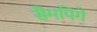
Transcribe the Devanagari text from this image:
सैमपिगे